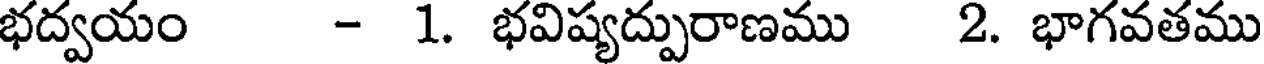
భద్వయం - 1. భవిష్యద్పురాణము 2. భాగవతము